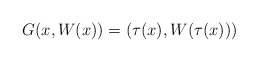
\begin{align*}G ( x , W (x) ) = (\tau (x) , W ( \tau (x) ))\end{align*}